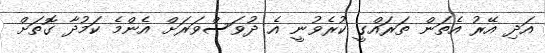
އަދި އޭރު އެތަން ތަރައްގީ ކުރެވުނީ އެ ދުވަސްވަރަށް އެންމެ ކަމުދާ ގޮތަށް